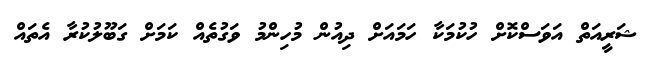
ޝަރީއަތް އަވަސްކޮށް ހުކުމަކާ ހަމައަށް ދިއުން މުހިންމު ވަގުތެއް ކަމަށް ގަބޫލުކުރާ އެތައް